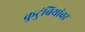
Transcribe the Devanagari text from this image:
कुटुंबियांवर